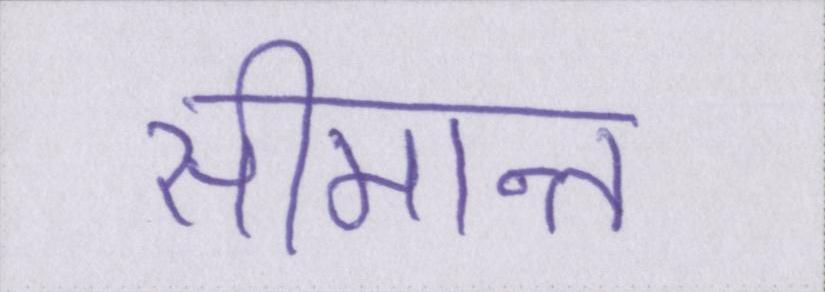
सीमान्त